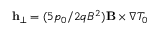
\mathbf { h } _ { \perp } = ( 5 p _ { 0 } / 2 q B ^ { 2 } ) \mathbf { B } \times \nabla T _ { 0 }